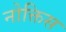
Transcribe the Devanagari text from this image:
नोक्तिस